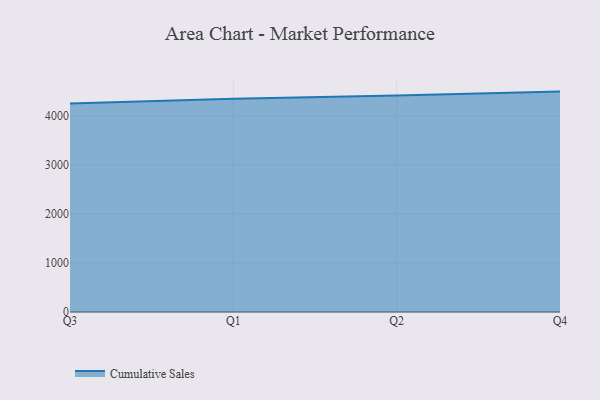
{"axis": {"x": "Quarter", "y": "Website Visitors"}, "legend": ["Cumulative Sales"], "data": [{"x": "Q3", "y": 4253.7, "type": "Cumulative Sales"}, {"x": "Q1", "y": 4350.0, "type": "Cumulative Sales"}, {"x": "Q2", "y": 4416.1, "type": "Cumulative Sales"}, {"x": "Q4", "y": 4494.2, "type": "Cumulative Sales"}]}